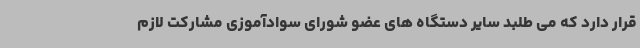
قرار دارد که می طلبد سایر دستگاه های عضو شورای سوادآموزی مشارکت لازم